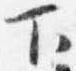
下